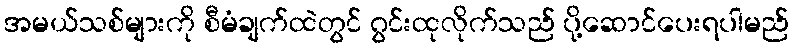
အမယ်သစ်များကို စီမံချက်ထဲတွင် ဂွင်းထုလိုက်သည် ပို့ဆောင်ပေးရပါမည်